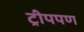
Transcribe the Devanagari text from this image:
ट्रीपपण